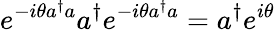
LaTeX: e^{-i\theta a^{\dagger}a}a^{\dagger}e^{-i\theta a^{\dagger}a}=a^{\dagger}e^{i\theta}